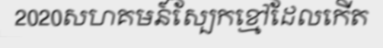
2020សហគមន៍ស្បែកខ្មៅដែលកើត